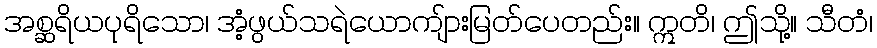
အစ္ဆရိယပုရိသော၊ အံ့ဖွယ်သရဲယောကျ်ားမြတ်ပေတည်း။ ဣတိ၊ ဤသို့။ သီတံ၊